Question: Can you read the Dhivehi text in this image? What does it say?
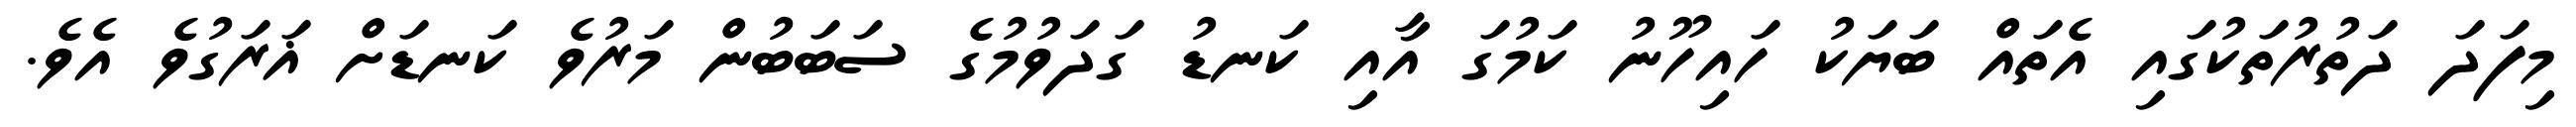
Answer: މިފަދަ ދަތުރުތަކުގައި އެތައް ބަޔަކު ހައިހޫނު ކަމުގަ އާއި ކަނޑު ގަދަވުމުގެ ސަބަބުން މަރުވެ ކަނޑަށް ޣަރަގުވެ އެވެ.